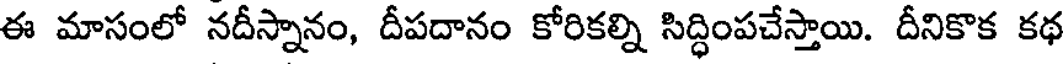
ఈ మాసంలో నదీస్నానం, దీపదానం కోరికల్ని సిద్ధింపచేస్తాయి. దీనికొక కథ